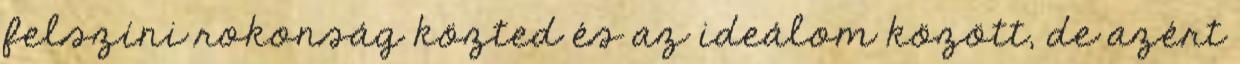
felszíni rokonság közted és az ideálom között, de azért